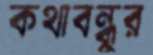
কথাবন্ধুর